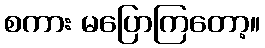
စကား မပြောကြတော့။